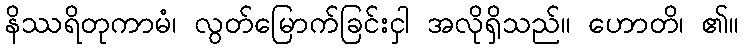
နိဿရိတုကာမံ၊ လွတ်မြောက်ခြင်းငှါ အလိုရှိသည်။ ဟောတိ၊ ၏။